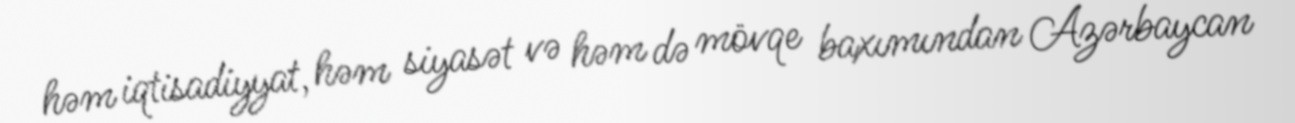
həm iqtisadiyyat, həm siyasət və həm də mövqe baxımından Azərbaycan